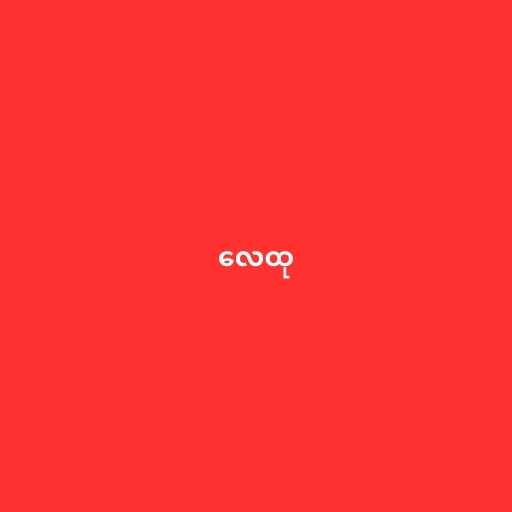
လေထု